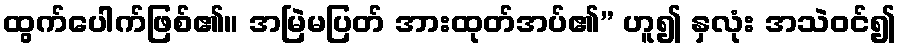
ထွက်ပေါက်ဖြစ်၏။ အမြဲမပြတ် အားထုတ်အပ်၏” ဟူ၍ နှလုံး အသဲဝင်၍